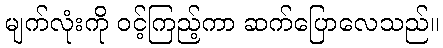
မျက်လုံးကို ဝင့်ကြည့်ကာ ဆက်ပြောလေသည်။